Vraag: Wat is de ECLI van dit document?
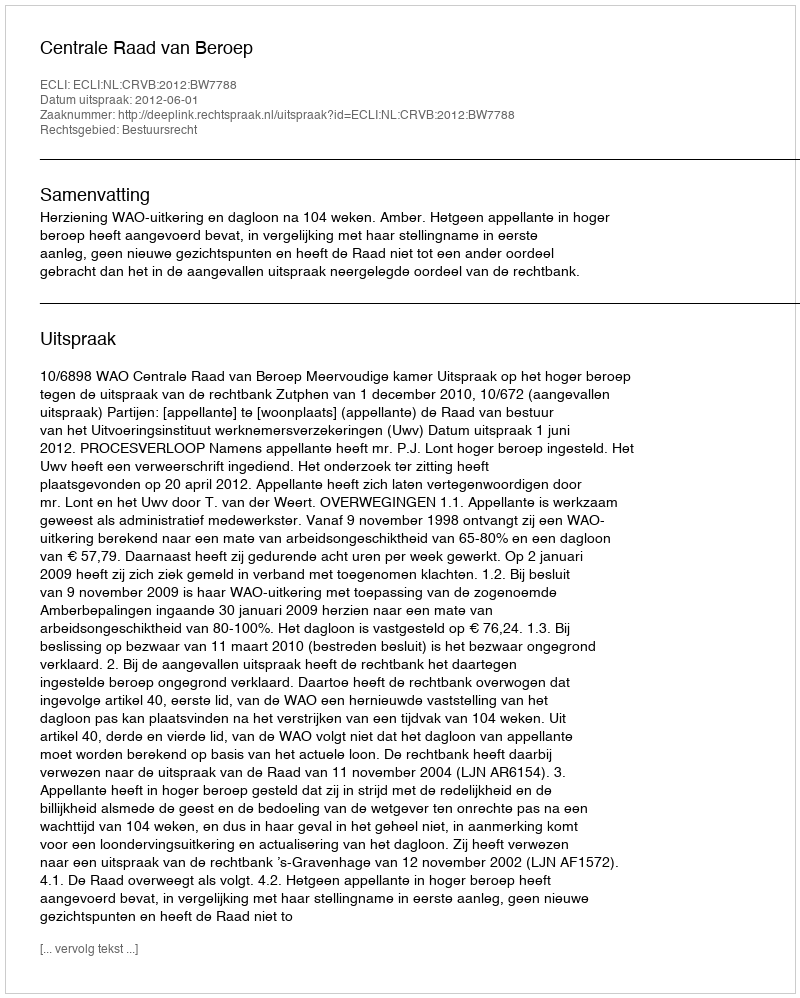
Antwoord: ECLI:NL:CRVB:2012:BW7788